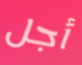
أجل